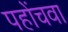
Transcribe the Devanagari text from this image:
पहोंचवा